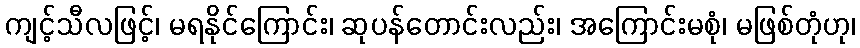
ကျင့်သီလဖြင့်၊ မရနိုင်ကြောင်း၊ ဆုပန်တောင်းလည်း၊ အကြောင်းမစုံ၊ မဖြစ်တုံဟု၊